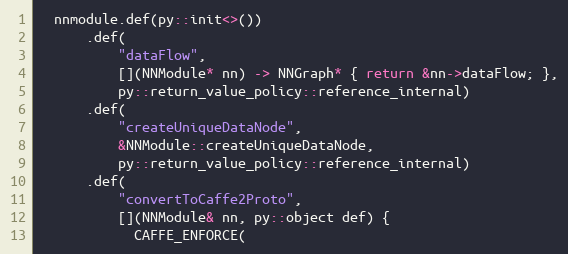
Language: C++
  nnmodule.def(py::init<>())
      .def(
          "dataFlow",
          [](NNModule* nn) -> NNGraph* { return &nn->dataFlow; },
          py::return_value_policy::reference_internal)
      .def(
          "createUniqueDataNode",
          &NNModule::createUniqueDataNode,
          py::return_value_policy::reference_internal)
      .def(
          "convertToCaffe2Proto",
          [](NNModule& nn, py::object def) {
            CAFFE_ENFORCE(